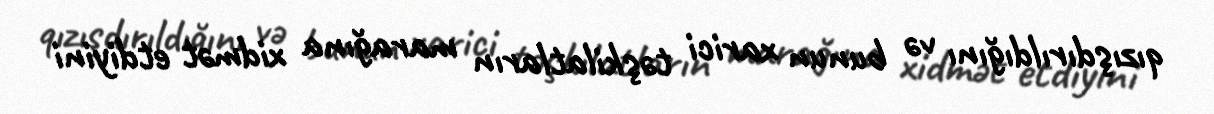
qızışdırıldığını və bunun xarici təşkilatların marağına xidmət etdiyini